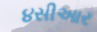
૪સીઆર